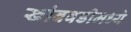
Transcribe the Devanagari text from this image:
खांबवडीमध्ये